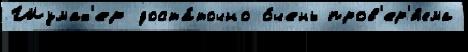
Шумах'ер доста́точно о́чень пров'ер'я́ема